Indian journal of veterinary science and animal husbandry - Volume 7,
Year: 1937
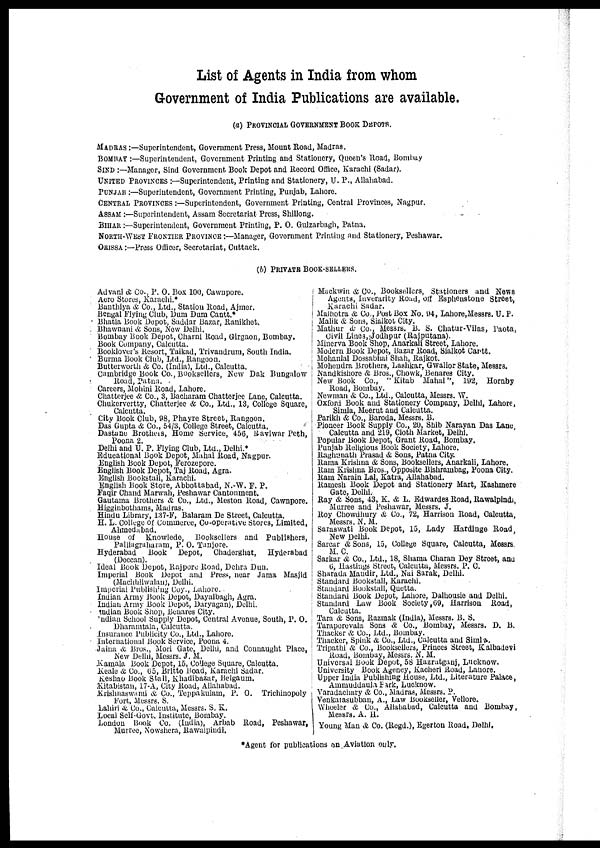
List of Agents in India from whom
Government of India Publications are available.
(a) PROVINCIAL GOVERNMENT BOOK DEPOTS.
MADRAS :—Superintendent, Government Press, Mount Road, Madras.
BOMBAY :—Superintendent, Government Printing and Stationery, Queen's Road, Bombay
SIND :—Manager, Sind Government Book Depot and Record Office, Karachi (Sadar).
UNITED PROVINCES :—Superintendent, Printing and Stationery, U. P., Allahabad.
PUNJAB :—Superintendent, Government Printing, Punjab, Lahore.
CENTRAL PROVINCES :—Superintendent, Government Printing, Central Provinces, Nagpur.
ASSAM :—Superintendent, Assam Secretariat Press, Shillong.
BIHAR :—Superintendent, Government Printing, P. O. Gulzarbagh, Patna.
NORTH-WEST FRONTIER PROVINCE :—Manager, Government Printing and Stationery, Peshawar.
ORISSA :—Press Officer, Secretariat, Cuttack.
(b) PRIVATE BOOK-SELLERS.
Advani & Co., P. O. Box 100, Cawnpore.
Aero Stores, Karachi.*
Banthiya & Co., Ltd., Station Road, Ajmer.
Bengal Flying Club, Dum Dum Cantt.*
Bhatia Book Depot, Saddar Bazar, Ranikhet.
Bhawnani & Sons, New Delhi,
Bombay Book Depot, Charni Road, Girgaon, Bombay.
Book Company, Calcutta.
Booklover's Resort, Taikad, Trivandrum, South India.
Burma Book Club, Ltd., Rangoon.
Butterworth & Co. (India), Ltd., Calcutta.
Cambridge Book Co., Booksellers, New Dak Bungalow
Road, Patna. .
Careers, Mohini Road, Lahore.
Chatterjee & Co., 3, Bacharam Chatterjee Lane, Calcutta.
Chukervertty, Chatterjee & Co., Ltd., 13, College Square,
Calcutta.
City Book Club, 98, Phayre Street, Rangoon.
Das Gupta & Co., 54/3, College Street, Calcutta.
Dastane Brothers, Home Service, 456, Raviwar Peth,
Poona 2.
Delhi and U. P. Flying Club, Ltd., Delhi.*
Educational Book Depot, Mahal Road, Nagpur.
English Book Depot, Ferozepore.
English Book Depot, Taj Road, Agra.
English Bookstall, Karachi.
English Book Store, Abbottabad, N.W. F. P.
Faqir Chand Marwah, Peshawar Cantonment.
Gautama Brothers & Co., Ltd., Meston Road, Cawnpore.
Higginbothams, Madras.
Hindu Library, 137-F, Balaram De Street, Calcutta.
H. L. College of commerce, Co-operative Stores, Limited,
Ahmedabad.
House of Knowlede, Booksellers and Publishers,
Palliagraharam, P. O. Tanjore.
Hyderabad Book Depot, Chaderghat, Hyderabad
(Deccan).
Ideal Book Depot, Rajpore Road, Dehra Dun.
Imperial Book Depot and Press, near Jama Masjid
(Machhliliwalan), Delhi.
Imperial Publishing Coy., Lahore.
Indian Army Book Depot, Dayalbagh, Agra.
Indian Army Book Depot, Daryaganj, Delhi.
Indian Book Shop, Benares City.
Indian School Supply Depot, Central Avenue, South, P. O.
Dharamtala, Calcutta.
Insurance Publicity Co., Ltd., Lahore.
International Book Service, Poona 4.
Jaina & Bros., Mori Gate, Delhi, and Connaught Place,
New Delhi, Messrs. J. M.
Kamala Book Depot, 15, College Square, Calcutta.
Keale & Co., 65, Britto Road, Karachi Sadar.
Keshao Book Stall, Khadibazar, Belgaum.
Kitabistan, 17-A, City Road, Allahabad.
Krishnaswami & Co., Teppakulam, P. O. Trichinopoly
Fort, Messrs. S.
Lahiri & Co., Calcutta, Messrs. S. K.
Local Self-Govt. Institute, Bombay.
London Book Co. (India), Arbab Road, Peshawar,
Murree, Nowshera, Rawalpindi.
Mackwin & Co., Booksellers, Stationers and News
Agents, Inverarity Road, off Esphenstone Street,
Karachi Sadar.
Malhotra & Co., Post Box No. 94, Lahore,Messrs. U. P.
Malik & Sons, Sialkot City.
Mathur & Co., Messrs. B. S. Chatur-Vilas, Paota,
Civil Lines,Jodhpur (Rajputana).
Minerva Book Shop, Anarkali Street, Lahore.
Modern Book Depot, Bazar Road, Sialkot Cartt.
Mohanlal Dossabhai Shah, Rajkot.
Mohendra Brothers, Lashkar, Gwalior State, Messrs.
Nandkishore & Bros., Chowk, Benares City.
New Book Co., " Kitab Mahal", 192, Hornby
Road, Bombay.
Newman & Co., Ltd., Calcutta, Messrs. W.
Oxford Book and Stationery Company, Delhi, Lahore,
Simla, Meerut and Calcutta.
Parikh & Co., Baroda, Messrs. B.
Pioneer Book Supply Co., 20, Shib Narayan Das Lane,
Calcutta and 219, Cloth Market, Delhi.
Popular Book Depot, Grant Road, Bombay.
Punjab Religious Book Society, Lahore.
Raghunath Prasad & Sons, Patna City.
Rama Krishna & Sons, Booksellers, Anarkali, Lahore.
Ram Krishna Bros., Opposite Bislirambag, Poona City.
Ram Narain Lal, Katra, Allahabad.
Ramesh Book Depot and Stationery Mart, Kashmere
Gate, Delhi.
Ray & Sons, 43, K. & L. Edwardes Road, Rawalpindi,
Murree and Peshawar, Messrs. J.
Roy Chowdhary & Co., 72, Harrison Road, Calcutta,
Messrs. N. M.
Saraswati Book Depot, 15, Lady Hardinge Road,
New Delhi.
Sarcar & Sons, 15, College Square, Calcutta, Messrs.
M. C.
Sarkar & Co., Ltd., 18, Shama Charan Dey Street, and
6, Hastings Street, Calcutta, Messrs. P. C.
Sharada Mandir, Ltd., Nai Sarak, Delhi.
Standard Bookstall, Karachi.
Standard Bookstall, Quetta.
Standard Book Depot, Lahore, Dalhousie and Delhi.
Standard Law Book Society,69, Harrison Road,
Calcutta.
Tara & Sons, Razmak (India), Messrs. B. S.
Taraporevala Sons & Co., Bombay, Messrs. D. B.
Thacker & Co., Ltd., Bombay.
Thacker, Spink & Co., Ltd., Calcutta and Simla.
Tripathi & Co., Booksellers, Princes Street, Kalbadevi
Road, Bombay, Messrs. N. M.
Universal Book Depot, 58 Hazratganj, Lucknow.
University Book Agency, Kacheri Road, Lahore.
Upper India Publishing House, Ltd., Literature Palace,
Ammuddaula Park, Lucknow.
Varadachary & Co., Madras, Messrs. P.
Venkatasubban, A., Law Bookseller, Vellore.
Wheeler & Co., Allahabad, Calcutta and Bombay,
Messrs. A. H.
Young Man & Co. (Regd.), Egerton Road, Delhi,
*Agent for publications on Aviation only.